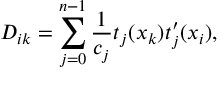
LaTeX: D _ { i k } = \sum _ { j = 0 } ^ { n - 1 } \frac { 1 } { c _ { j } } t _ { j } ( x _ { k } ) t _ { j } ^ { \prime } ( x _ { i } ) ,